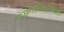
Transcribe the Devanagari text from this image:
गच्छन्तस्तिष्ठन्तोऽपि